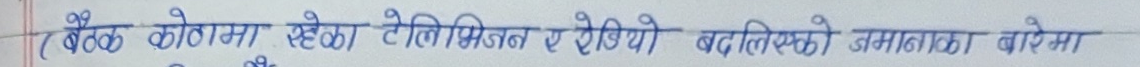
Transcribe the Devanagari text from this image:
बैठक कोठामा रहेका टेलिभिजन र रेडियो बदलिएको जमानाका बारेमा